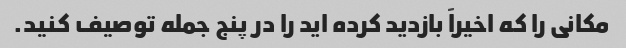
مکانی را که اخیراً بازدید کرده اید را در پنج جمله توصیف کنید.